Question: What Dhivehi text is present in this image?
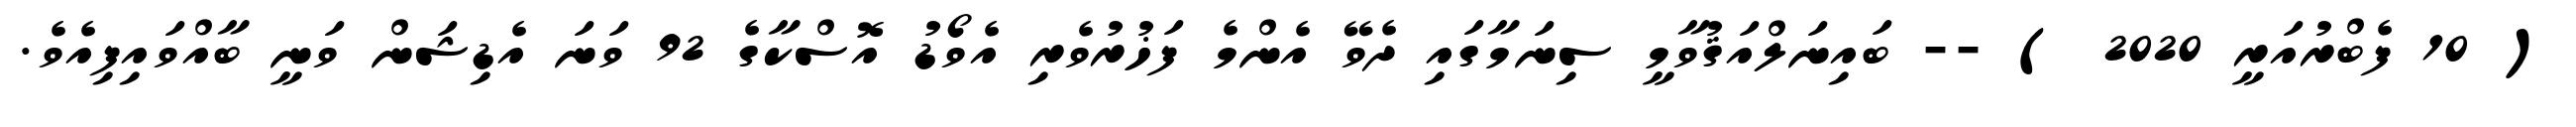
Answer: ( 10 ފެބްރުއަރީ 2020 ) -- ބައިނަލްއަޤުވާމީ ސިނަމާގައި ދެވޭ އެންމެ ފަޚުރުވެރި އެވޯޑު އޮސްކާގެ 92 ވަނަ އެޑިޝަން ވަނީ ބާއްވައިފިއެވެ.